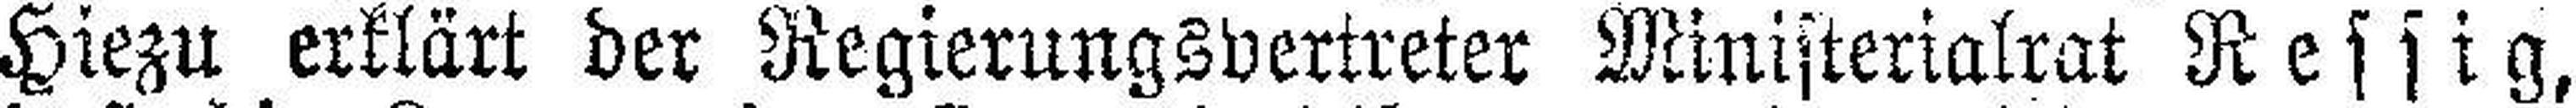
Hiezu erklärt der Regierungsvertreter Ministerialrat Ressig,